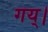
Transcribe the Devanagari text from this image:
गय्।